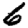
Digit: 6